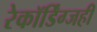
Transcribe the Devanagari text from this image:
रेकॉर्डिंग्जही